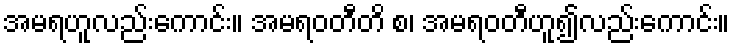
အမရဟူလည်းကောင်း။ အမရဝတီတိ စ၊ အမရဝတီဟူ၍လည်းကောင်း။